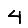
Digit: 4